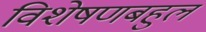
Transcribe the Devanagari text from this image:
विशेषणबहुल